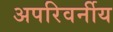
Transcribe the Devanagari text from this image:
अपरिवर्नीय